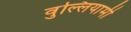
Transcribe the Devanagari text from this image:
वुल्लियामी